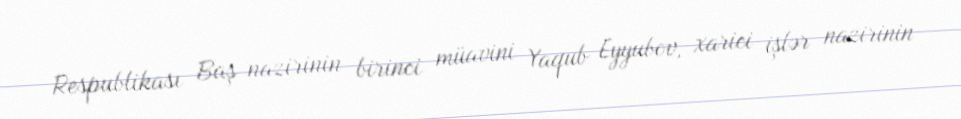
Respublikası Baş nazirinin birinci müavini Yaqub Eyyubov, xarici işlər nazirinin